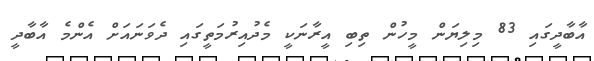
އާބާދީގައި 83 މިލިޔަން މީހުން ތިބި އީރާނަކީ މެދުއިރުމަތީގައި ދެވަނައަށް އެންމެ އާބާދީ